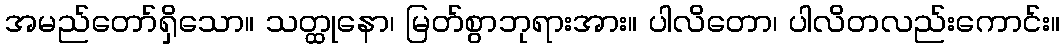
အမည်တော်ရှိသော။ သတ္ထုနော၊ မြတ်စွာဘုရားအား။ ပါလိတော၊ ပါလိတလည်းကောင်း။